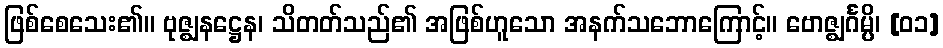
ဖြစ်စေသေး၏။ ဗုဇ္ဈနဋ္ဌေန၊ သိတတ်သည်၏ အဖြစ်ဟူသော အနက်သဘောကြောင့်။ ဗောဇ္ဈင်္ဂမ္ပိ၊ [၀၁]